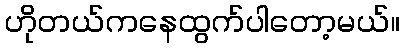
ဟိုတယ်ကနေထွက်ပါတော့မယ်။